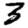
Digit: 3